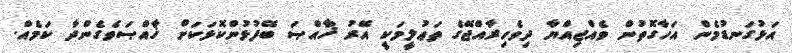
އަޅުގަނޑުމެން އަހާގޮތުން ވެއްޖިއްޔާ ދިވެހިރާއްޖޭގެ ތަޢުލީމަކީ އޭރު ޚާއްޞަ ބޭފުޅުންކޮޅަކަށް ޚާއްޞަވެގެންދާ ކަމެއް.